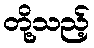
တို့သည့်